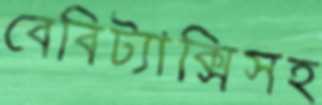
বেবিট্যাক্সিসহ